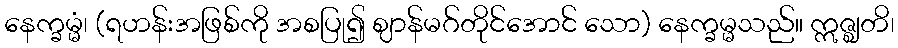
နေက္ခမ္မံ၊ (ရဟန်းအဖြစ်ကို အစပြု၍ ဈာန်မဂ်တိုင်အောင် သော) နေက္ခမ္မသည်။ ဣဇ္ဈတိ၊